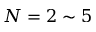
N = 2 \sim 5